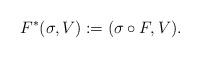
LaTeX: \begin{align*}F^*(\sigma,V):=(\sigma\circ F,V).\end{align*}